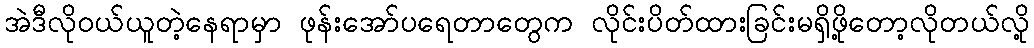
အဲဒီလိုဝယ်ယူတဲ့နေရာမှာ ဖုန်းအော်ပရေတာတွေက လိုင်းပိတ်ထားခြင်းမရှိဖို့တော့လိုတယ်လို့